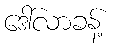
ဒေါ်လာခန့်